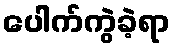
ပေါက်ကွဲခဲ့ရာ